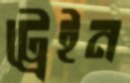
ট্রেইন